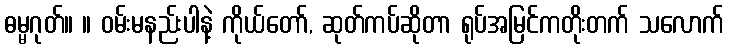
ဓမ္မဂုတ်။ ။ ဝမ်းမနည်းပါနဲ့ ကိုယ်တော်, ဆုတ်ကပ်ဆိုတာ ရုပ်အမြင်ကတိုးတက် သလောက်